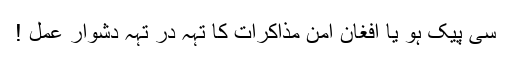
سی پیک ہو یا افغان امن مذاکرات کا تہہ در تہہ دشوار عمل !